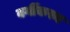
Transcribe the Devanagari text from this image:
वर्गीकरन